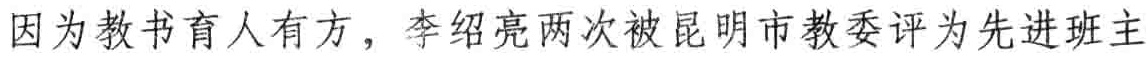
因为教书育人有方，李绍亮两次被昆明市教委评为先进班主